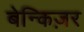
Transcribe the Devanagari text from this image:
बेन्किज़र